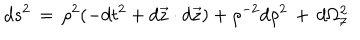
LaTeX: d s ^ { 2 } \, = \, \rho ^ { 2 } ( - d t ^ { 2 } + d \vec { z } \cdot d \vec { z } ) + \rho ^ { - 2 } d \rho ^ { 2 } \, + \, d \Omega _ { 7 } ^ { 2 }